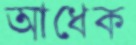
আধেক